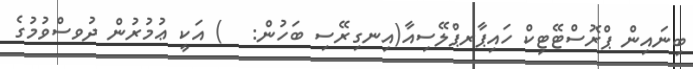
ބިނައިން ޕްރޮސްޓޭޓިކް ހައިޕާރޕްލޭސިއާ(އިނގިރޭސި ބަހުން:   ) އަކީ ޢުމުރުން ދުވސްވުމުގެ